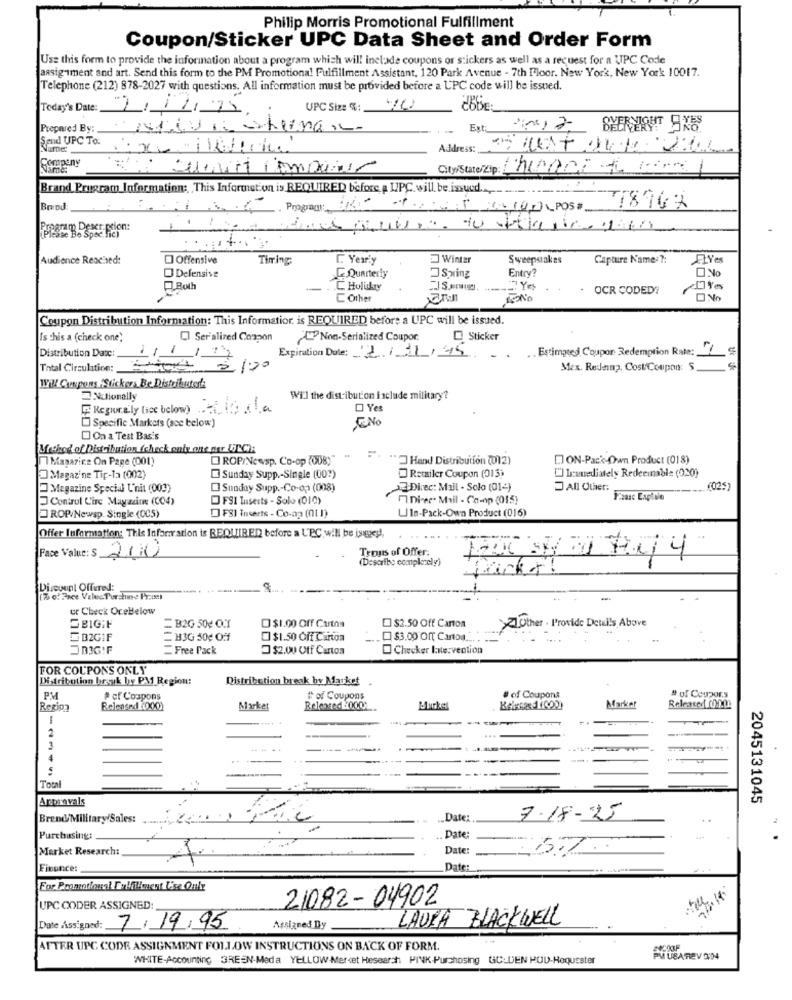
Philip Morris Promotional Fulfillment
Coupon/Sticker UPC Data Sheet and Order Form
Use this form to provide the information about a program which will include coupons or stickers as well as a request for a UPC Code
assignment and art. Send this form to the PM Promotional Fulfillment Assistant, 120 Park Avenue - 7th Floor. New York, New York 10017.
Telephone (212) 878-2027 with questions. All information must be provided before a UPC code will be issued.
Today's Date:
UPC Size %:
Prepared By:
Ext.
*~, 2 BYERNICHT 9X8
Soud UPC To.
Name
Address:
Company
Name:
City/State/Zip:
Brand Program Information: This Information is REQUIRED before A LIPC. will be issued ...
Bend:
2010,POS# 18967
Program Descr ption:
(Please Be Spec he)
Audience Reached:
Offensive
Timing:
C. Year.y
Winter
Sweepstakes
Capture Names ?:
ELVes
O Defensive
Entry?
No
Quarterly
Swing
Both
C Holukry
OCR CODED?
[ Other
Coupon Distribution Information: This Information is REQUIRED before a UPC will be issued.
Is this a (check one)
Ser'alized Compon
Non-Serialized Coupor.
Sticker
Distribution Date:
.. Estimated Coupor Redemption Rate: _
Expiration Date: 2/11/45
Total Circulation :_
200 5/20
Mex. Redang. Cost/Coupon: S.
Will Coupons -Stickers Be Distributor:
Nationally
Will the distribution include military?
Regior.a.ly (icc below) .
Yes
ENO
Specific Markets (ace below]
On a Test Bas's
Method of Distribution (check only one par UTCh:
1 Masarice On Page (001)
DROP/Newsp. Co-op (ODB)"
."] Hand Distribution (0)2)
DON-Pack-Own Product (018)
Magazine Tip-Ta (002)
Sunday Supp .- Single (00?)
Retailer Coupon (013)
[] lunediately Redeemable (020)
Magazine Special L'nit (003)
Sunday Supp .- Co-op (008)
-Direc: Mail . Solo (01-)
J All Other:
(025)
Control Circ Mayazinn: (004)
FSI Tusests - Solo (010)
Direc- Mail - Co-op (015)
UIn-Pack-Own Product (016)
ROP/Newsp. Single (005)
DFSI Inserts - Co-ap (ht 1)
Offer Information: This Information is REQUIRED before a L'PC will be issued,
Trous of Offer:
Face Value: $ 200
(Describe completely)
Discount Offered:
-------
(% of Zace Valec Perchine Prest
ur Check OreBelow
=B2G 50g O.T
0$1.00 Off Carton
$2.50 Off Carton
>Other . Provide Details Above
B2GIF
=H3G 50g Off
$1.50 Off Carton
$3.00 Off Canton ....
JB3G:F
Free Pack
$2.00 Off Carton
Checker Intervention
FOR COUPONS ONLY
Distribution brsyk by PM Region:
Distribution break by Market
PM
# of Coupons
# of Coupons
# of Coupons
# of Coupors
Region
Released 7000
Market
Relented3000
Mirka
Marker
2
---
1
4
Total
Approvals
2045131045
Brend Military Sales:
Date:
7-18-25
..
Purchasing:
Date:
Market Research:
Date: 57
Finance:
Date:
For. Promotional Fulfillment L'se Only
21082 - 04902
UPC CODER ASSIGNED:
LAURA BLACKWELL
Date Assigned:
7/19/95
Assigned Dy
AFTER UPC CODE ASSIGNMENT FOLLOW INSTRUCTIONS ON BACK OF FORM.
WHITE-Accounting GREEN-Meda YELLOW-Merket Hesearch PINK -Purchasing GC:DEN PUD-Hoquester
PHUBAREV 004